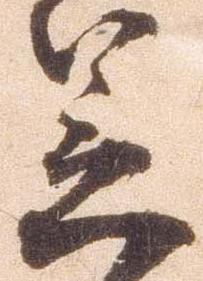
笠